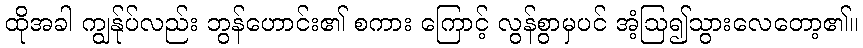
ထိုအခါ ကျွန်ုပ်လည်း ဘွန်ဟောင်း၏ စကား ကြောင့် လွန်စွာမှပင် အံ့ဩ၍သွားလေတော့၏။